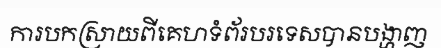
ការបកស្រាយពីគេហទំព័របរទេសបានបង្ហាញ